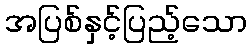
အပြစ်နှင့်ပြည့်သော